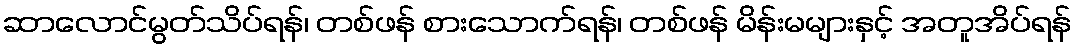
ဆာလောင်မွတ်သိပ်ရန်၊ တစ်ဖန် စားသောက်ရန်၊ တစ်ဖန် မိန်းမများနှင့် အတူအိပ်ရန်